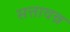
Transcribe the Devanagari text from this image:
सत्तावन्न